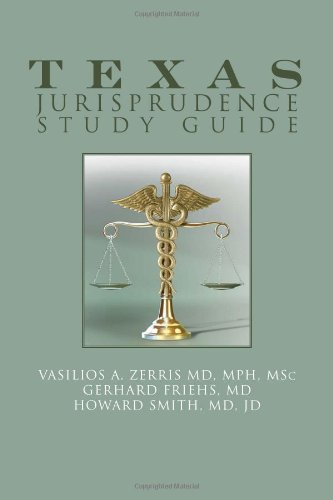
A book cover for Texas Jurisprudence Study Guide; Vasilios A Frighs; Law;